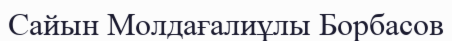
Сайын Молдағалиұлы Борбасов